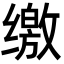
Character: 缴